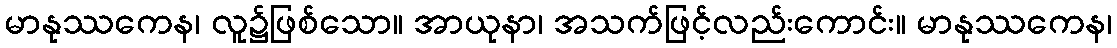
မာနုဿကေန၊ လူ၌ဖြစ်သော။ အာယုနာ၊ အသက်ဖြင့်လည်းကောင်း။ မာနုဿကေန၊